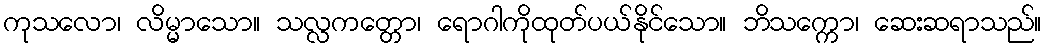
ကုသလော၊ လိမ္မာသော။ သလ္လကတ္တော၊ ရောဂါကိုထုတ်ပယ်နိုင်သော။ ဘိသက္ကော၊ ဆေးဆရာသည်။